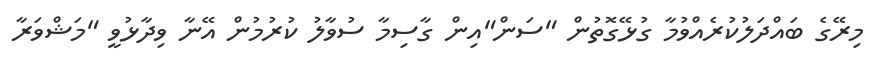
މިރޭގެ ބައްދަލުކުރެއްވުމާ ގުޅޭގޮތުން "ސަން"އިން ގާސިމާ ސުވާލު ކުރުމުން އޭނާ ވިދާޅުވީ "މަޝްވަރާ